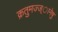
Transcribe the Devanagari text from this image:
क्रतुमज्ज्ानेषु